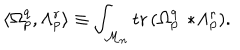
LaTeX: \langle \Omega _ { p } ^ { q } , \Lambda _ { p } ^ { r } \rangle \equiv \int _ { { \cal M } _ { n } } \mathrm { t r } \, ( \Omega _ { p } ^ { q } \, * \! \Lambda _ { p } ^ { r } ) .